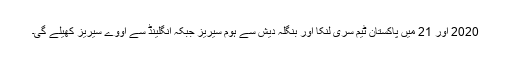
2020 اور 21 میں پاکستان ٹیم سری لنکا اور بنگلہ دیش سے ہوم سیریز جبکہ انگلینڈ سے اووے سیریز کھیلے گی۔